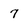
Character: 7